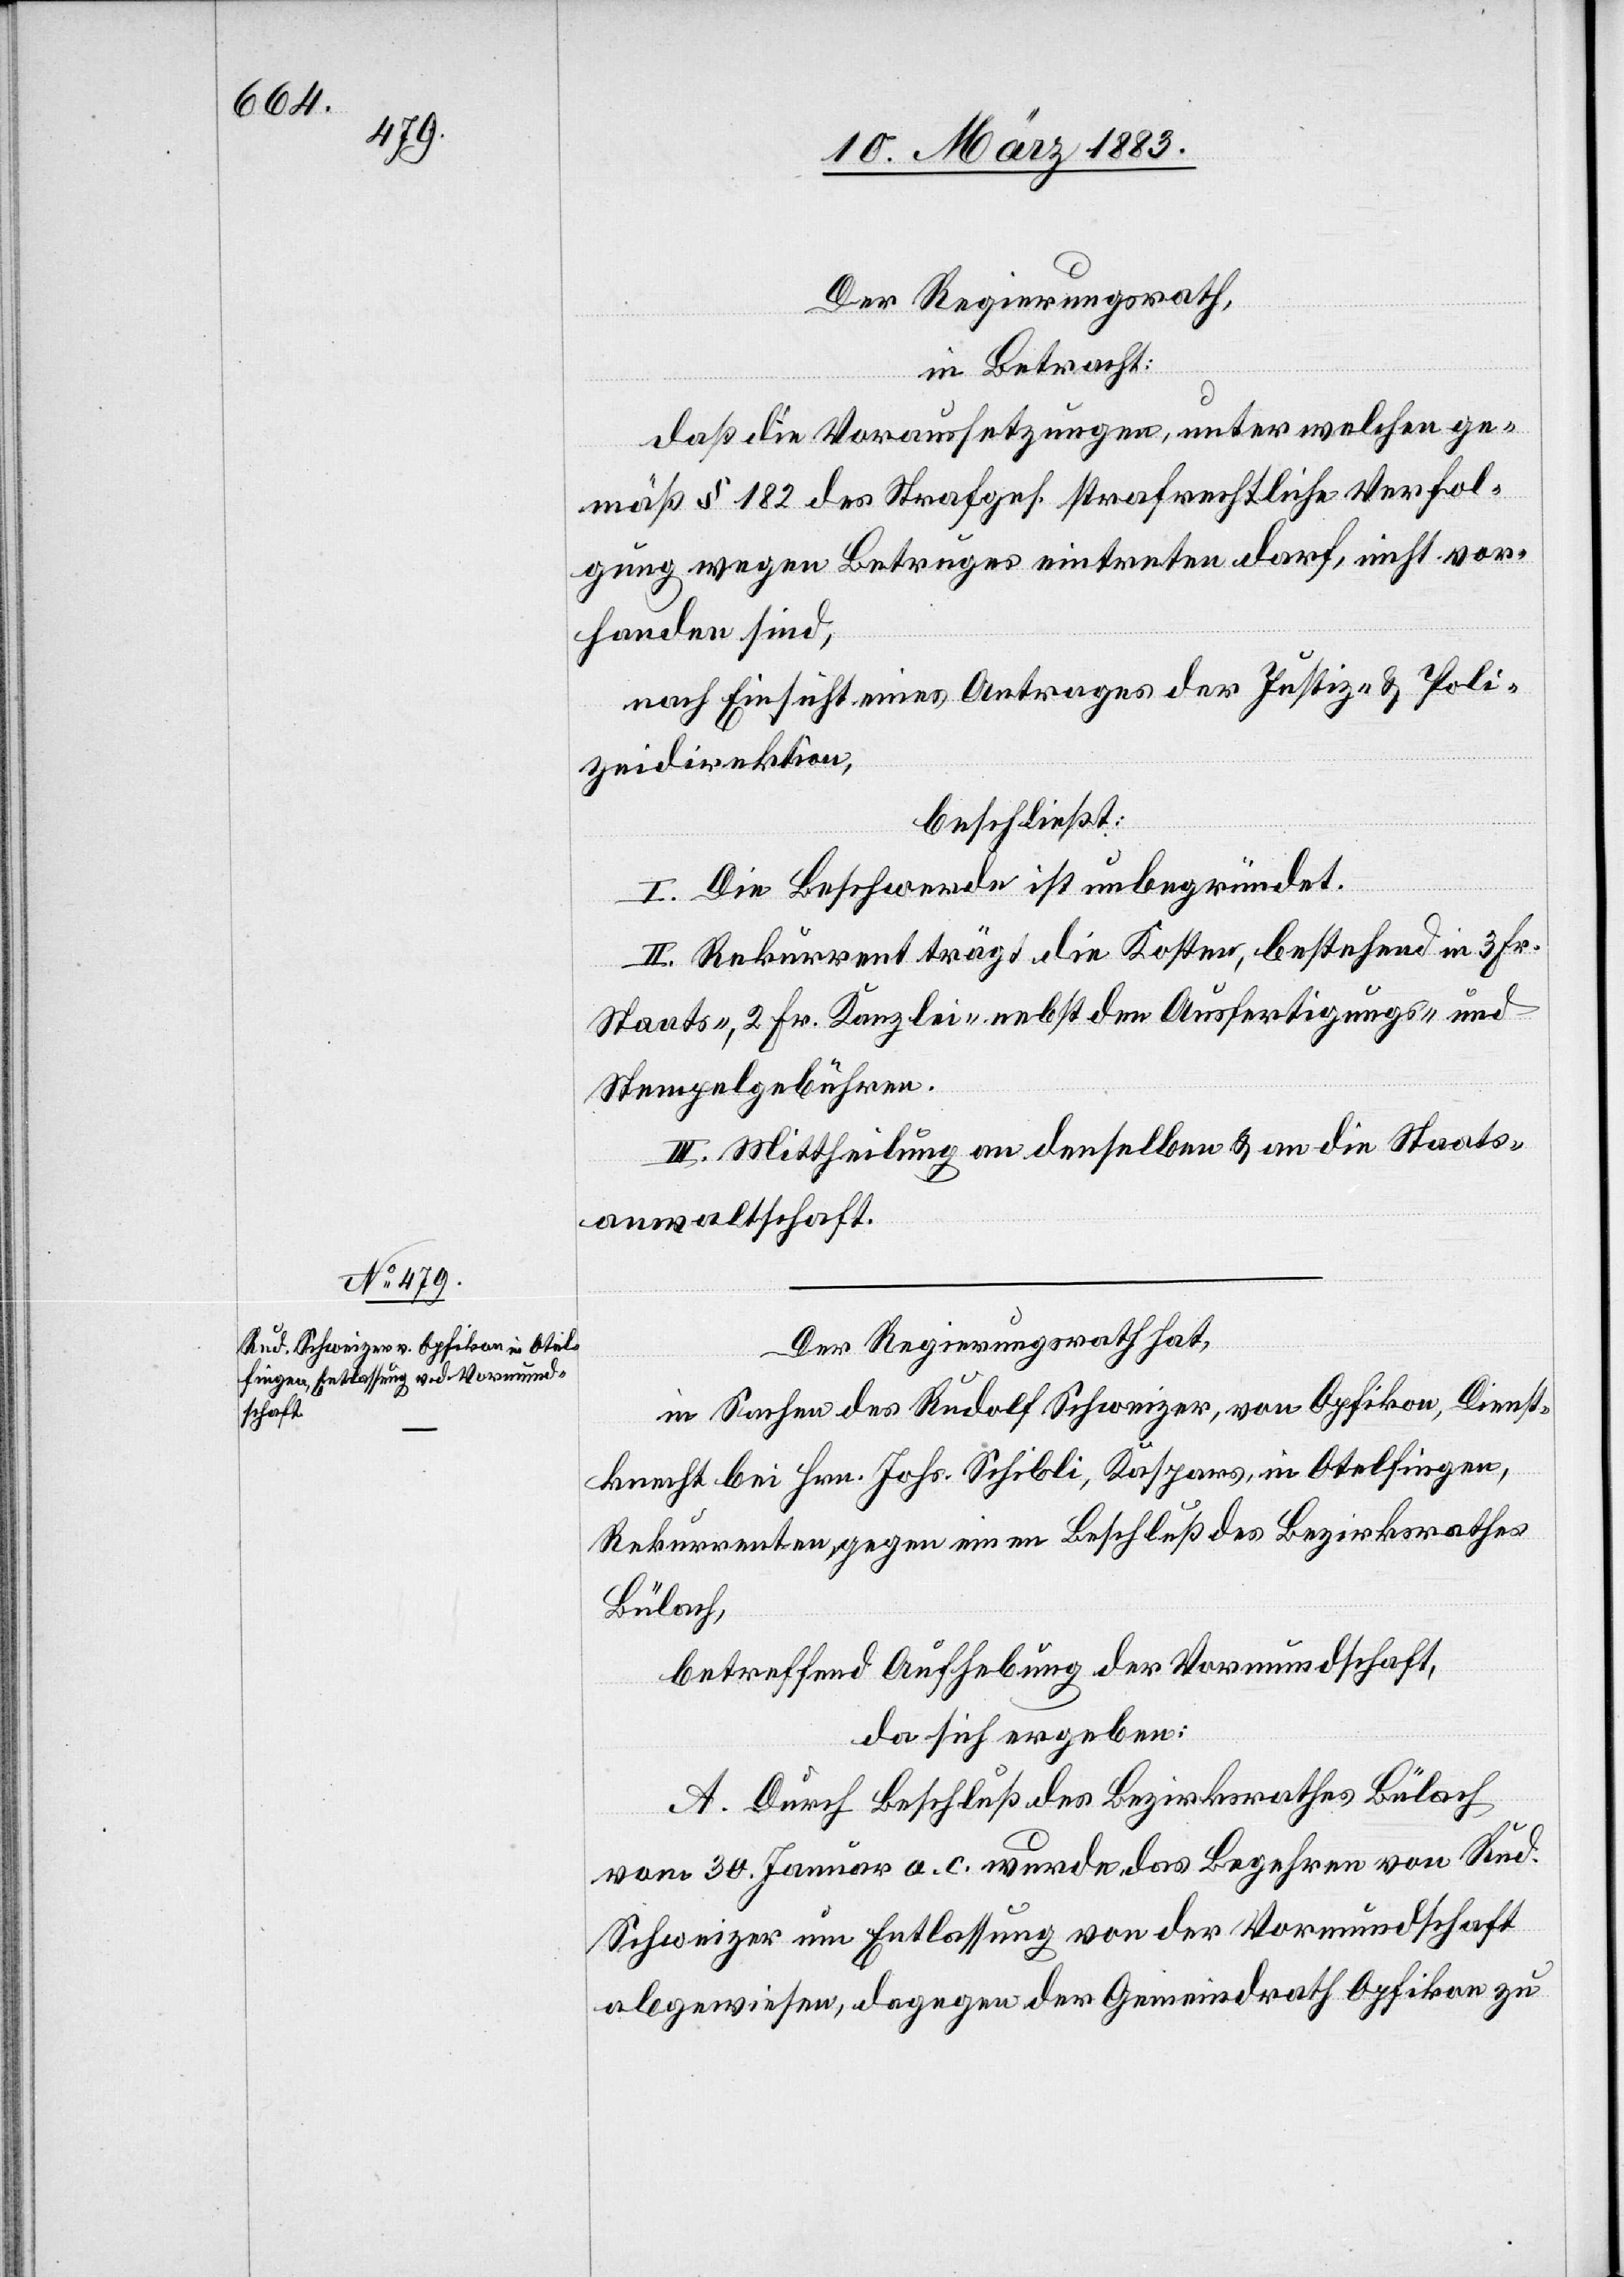
779

Der Regierungsrath,
in Betracht:
nach Einsicht eines Antrages der Direktion der Justiz
beschließt:
Sei die Beschwerde unbegründet.
Staats- 2 Fr. Kanzlei- & den Ausfertigungs- &
Stempelgebühren.
III. Mittheilung an den Rekurrenten unter Rückse¬
die